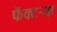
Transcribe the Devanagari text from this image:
फॅक्टऱ्या